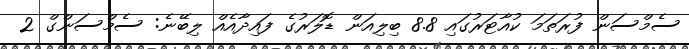
ސެމްސަން ފުރަތަމަ ކުއާޓަރުގައި 8.8 ބިލިއަން ޑޮލަރުގެ ފައިދާއެއް ލިބޭނެ: ސެމްސަންގް 2